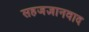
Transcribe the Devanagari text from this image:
सहजज्ञानवाद